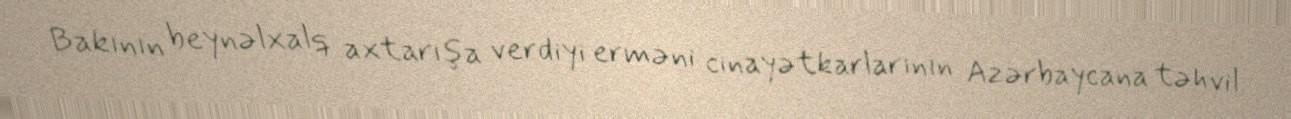
Bakının beynəlxalq axtarışa verdiyi erməni cinayətkarlarının Azərbaycana təhvil